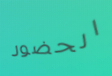
الحضور